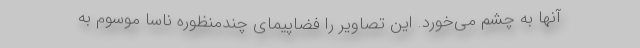
آنها به چشم می‌خورد. این تصاویر را فضاپیمای چندمنظوره ناسا موسوم به